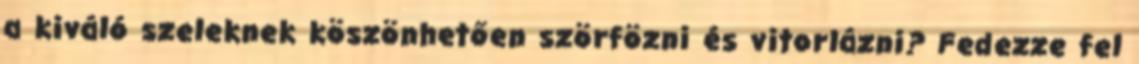
a kiváló szeleknek köszönhetően szörfözni és vitorlázni? Fedezze fel